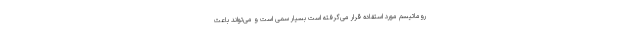
روماتیسم مورد استفاده قرار می‌گرفته است بسیار سمی است و می‌تواند باعث